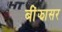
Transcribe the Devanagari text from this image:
बींझासर